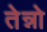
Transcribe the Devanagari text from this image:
तेन्नो